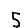
Digit: 5